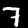
Label: 7